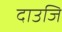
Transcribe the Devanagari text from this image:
दाउजि